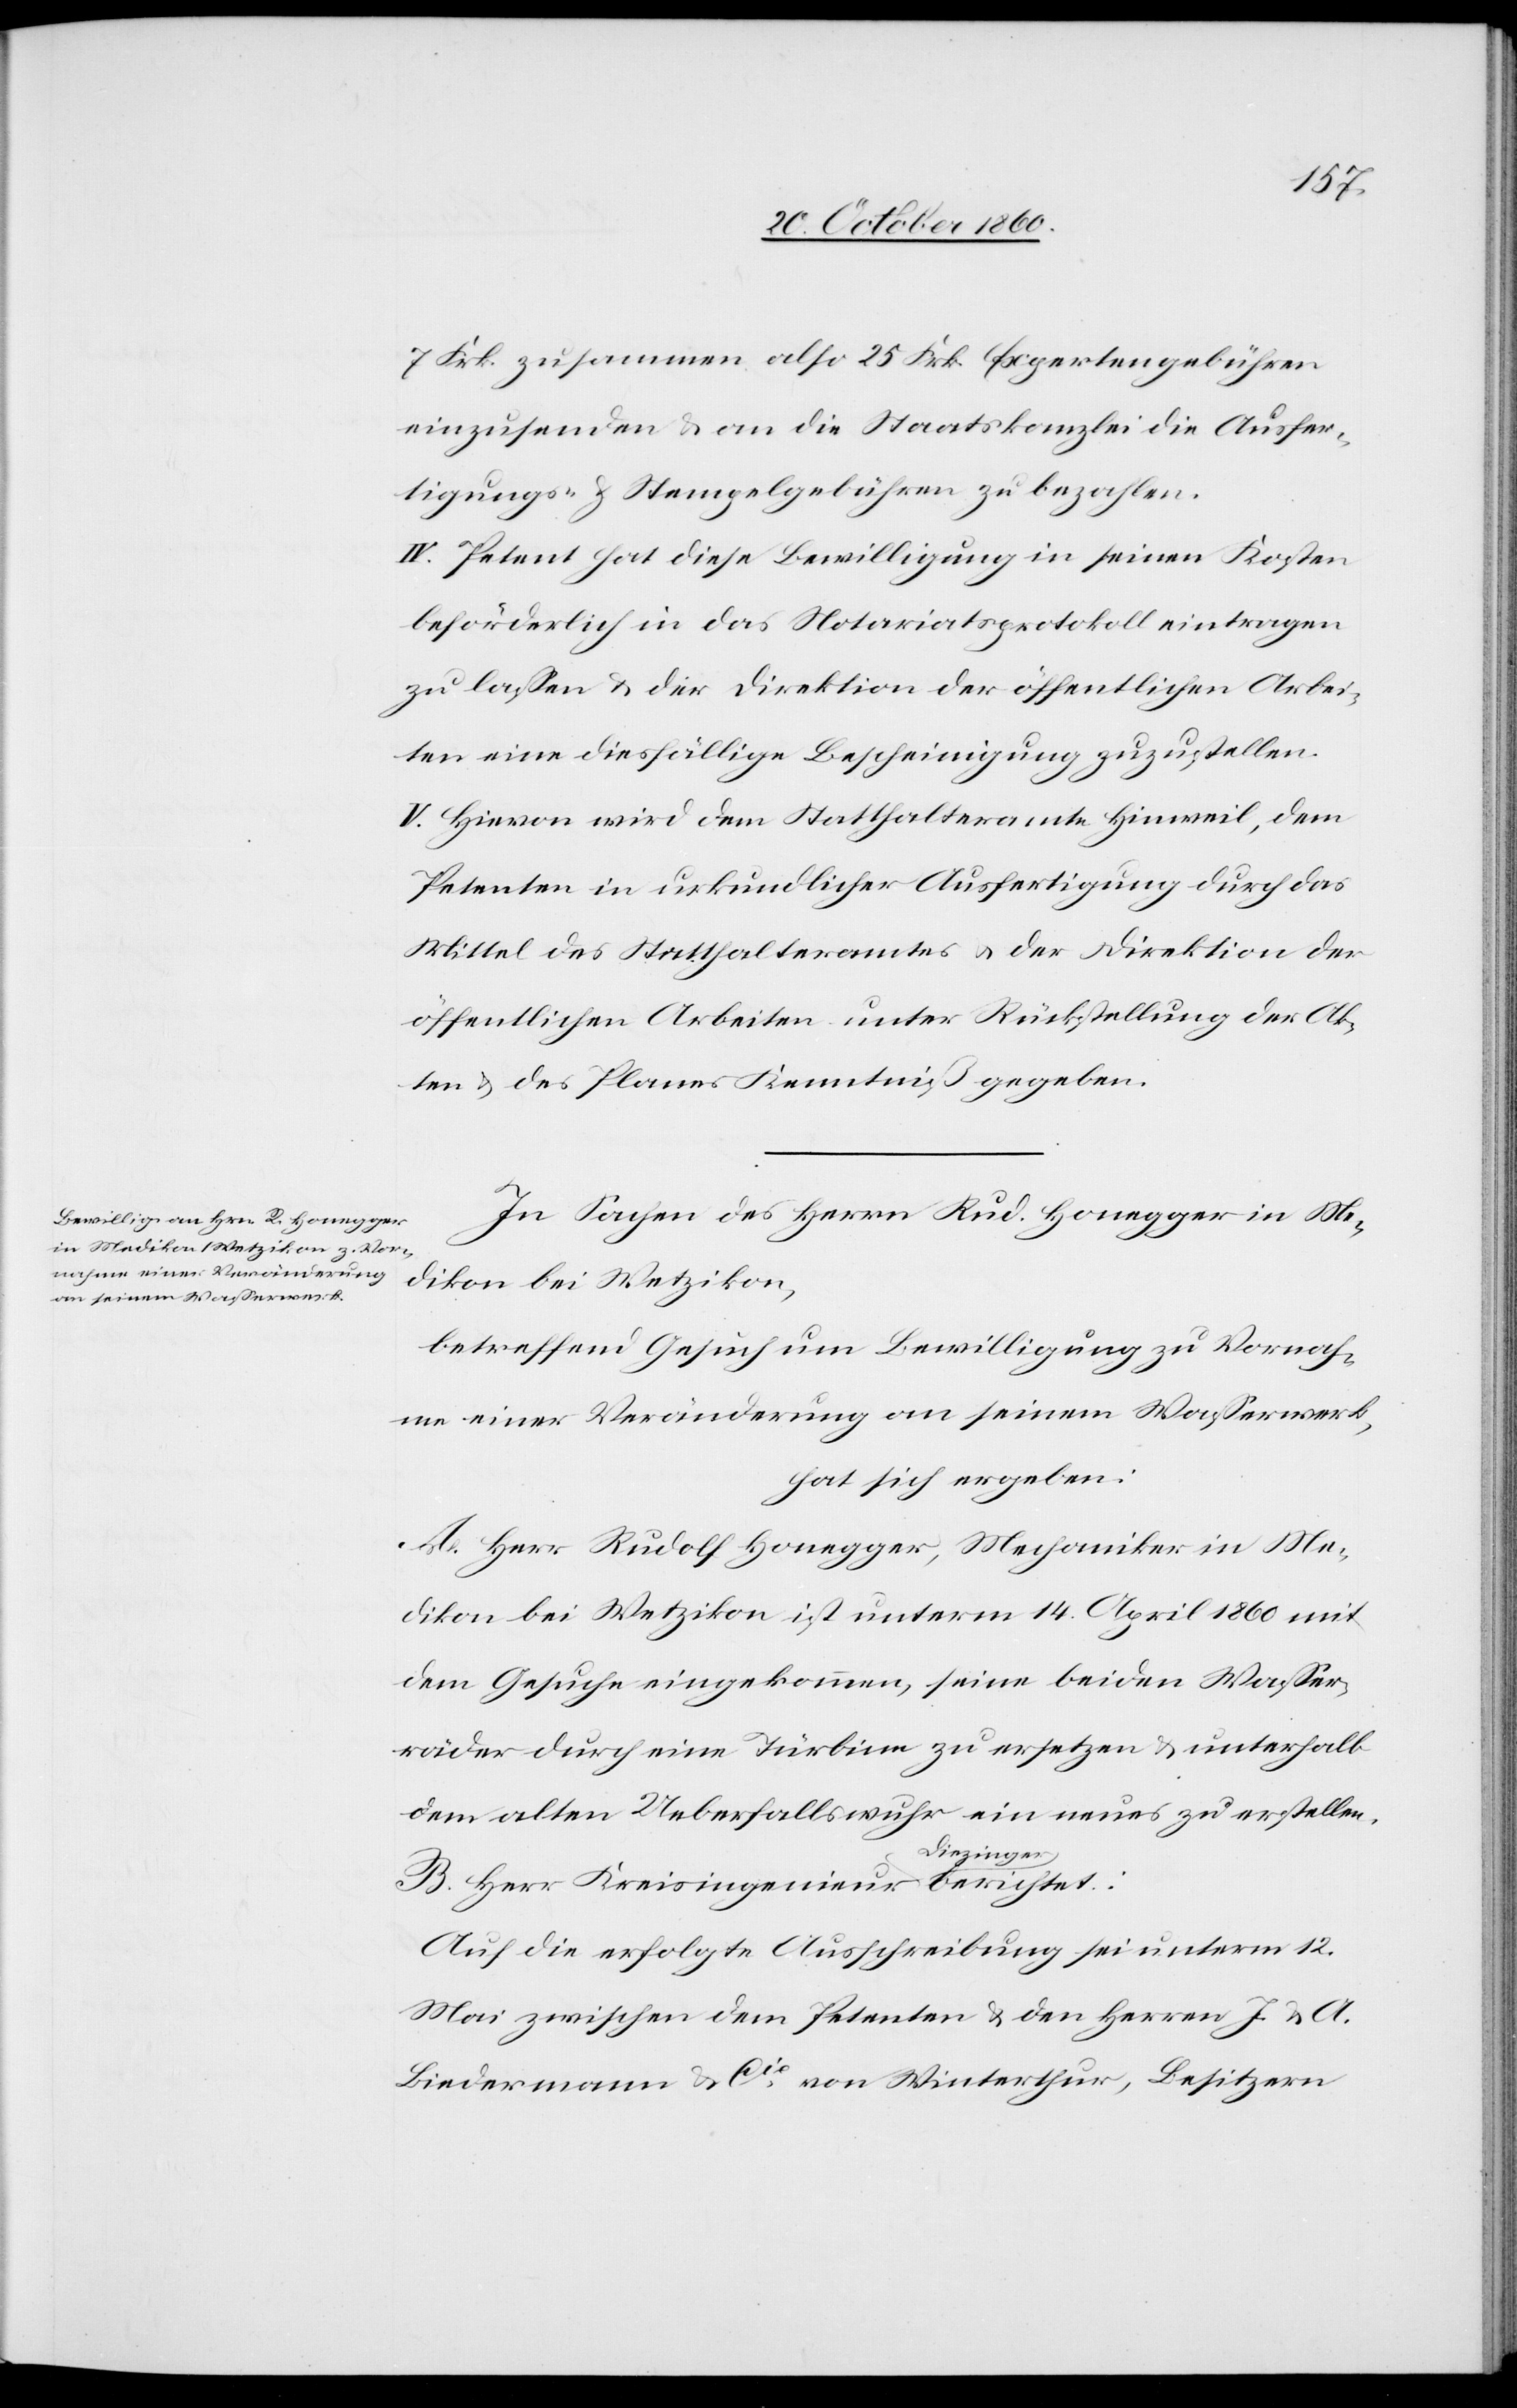
7 Frk. zusammen also 25 Frk. Expertengebühren
einzusenden u. an die Staatskanzlei die Ausfer¬
tigungs- u. Stempelgebühren zu bezahlen.
IV. Petent hat diese Bewilligung in seinen Kosten
beförderlich in das Notariatsprotokoll eintragen
zu lassen u. der Direktion der öffentlichen Arbei¬
ten eine diesfällige Bescheinigung zuzustellen.
V. Hievon wird dem Statthalteramte Hinweil, dem
Petenten in urkundlicher Ausfertigung durch das
Mittel des Statthalteramtes u. der Direktion der
öffentlichen Arbeiten unter Rückstellung der Ak¬
ten u. des Planes Kenntniß gegeben.
In Sachen des Herrn Rud. Honegger in Me¬
dikon bei Wetzikon,
betreffend Gesuch um Bewilligung zu Vornah¬
me einer Veränderung an seinem Wasserwerk,
hat sich ergeben.
A. Herr Rudolf Honegger, Mechaniker in Me¬
dikon bei Wetzikon ist unterm 14. April 1860 mit
dem Gesuche eingekommen, seine beiden Wasser¬
räder durch eine Türbine zu ersetzen u. unterhalb
dem alten Ueberfallswurh ein neues zu erstellen.
B. Herr Kreisingenieur Diezinger berichtet:
Auf die erfolgte Ausschreibung sei unterm 12.
Mai zwischen dem Petenten u. den Herren J. u. A.
Biedermann & Cie von Winterthur, Besitzern